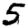
Digit: 5